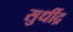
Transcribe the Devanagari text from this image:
सुधींद्र